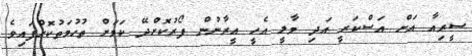
ސީރިއާ އަށް އަސްކަރީ އަދި މާލީ އެހީ އީރާނުން ފޯރުކޮށްދޭ ކަމަށް ތުހުމަތުކޮށްފައިވެ